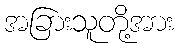
အခြားသူတို့အား